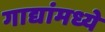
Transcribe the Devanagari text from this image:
गाद्यांमध्ये